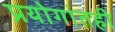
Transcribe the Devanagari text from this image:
प्रयोगांतही